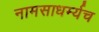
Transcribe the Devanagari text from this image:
नामसाधर्म्यच